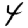
Digit: 4